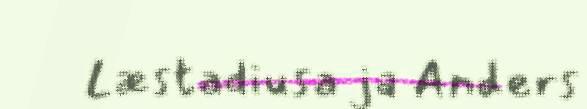
Læstadiusa ja Anders